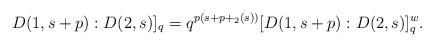
LaTeX: \begin{align*}D(1,s+p):D(2,s)]_q=q^{p(s+p+{_2(s)})} [D(1,s+p):D(2,s)]^w_q.\end{align*}